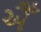
ઐઁ